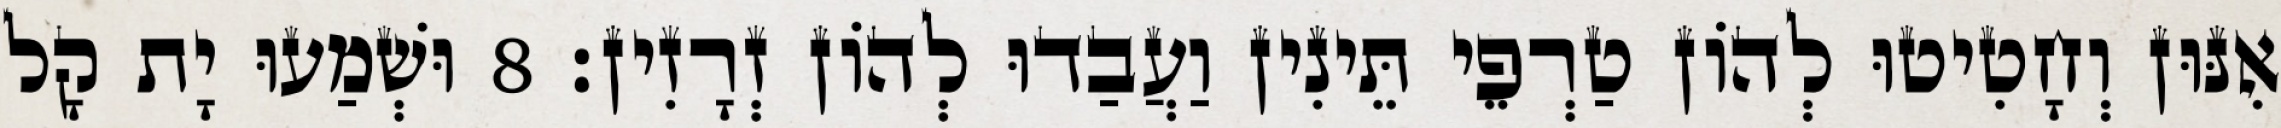
אִנּוּן וְחָטִיטוּ לְהוֹן טַרְפֵי תֵּינִין וַעֲבַדוּ לְהוֹן זְרָזִין׃ 8 וּשְׁמַעוּ יָת קָל